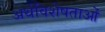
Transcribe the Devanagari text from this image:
अर्थविशेषताओं